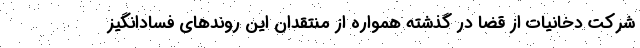
شرکت دخانیات از قضا در گذشته همواره از منتقدان این روندهای فسادانگیز